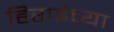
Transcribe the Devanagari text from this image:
हिराईच्या